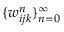
\{ w _ { i j k } ^ { n } \} _ { n = 0 } ^ { \infty }